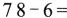
$$78-6= $$